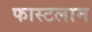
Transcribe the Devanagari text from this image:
फास्टलाम